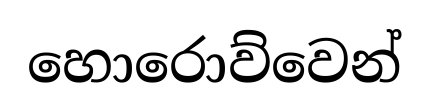
හොරොව්වෙන්